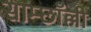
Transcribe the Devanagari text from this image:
साम्छाँल्ली